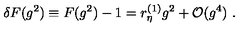
\delta F ( g ^ { 2 } ) \equiv F ( g ^ { 2 } ) - 1 = r _ { \eta } ^ { ( 1 ) } g ^ { 2 } + { \cal O } ( g ^ { 4 } ) \ .